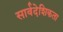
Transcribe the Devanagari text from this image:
सार्वदेशिकता